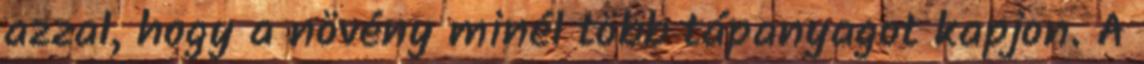
azzal, hogy a növény minél több tápanyagot kapjon. A